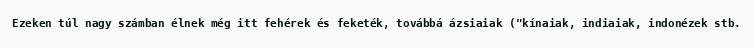
Ezeken túl nagy számban élnek még itt fehérek és feketék, továbbá ázsiaiak ("kínaiak, indiaiak, indonézek stb.